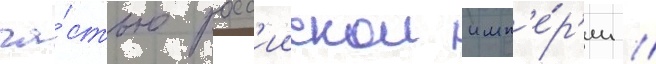
ча́стью росс'иискои имп'е́р'ии //